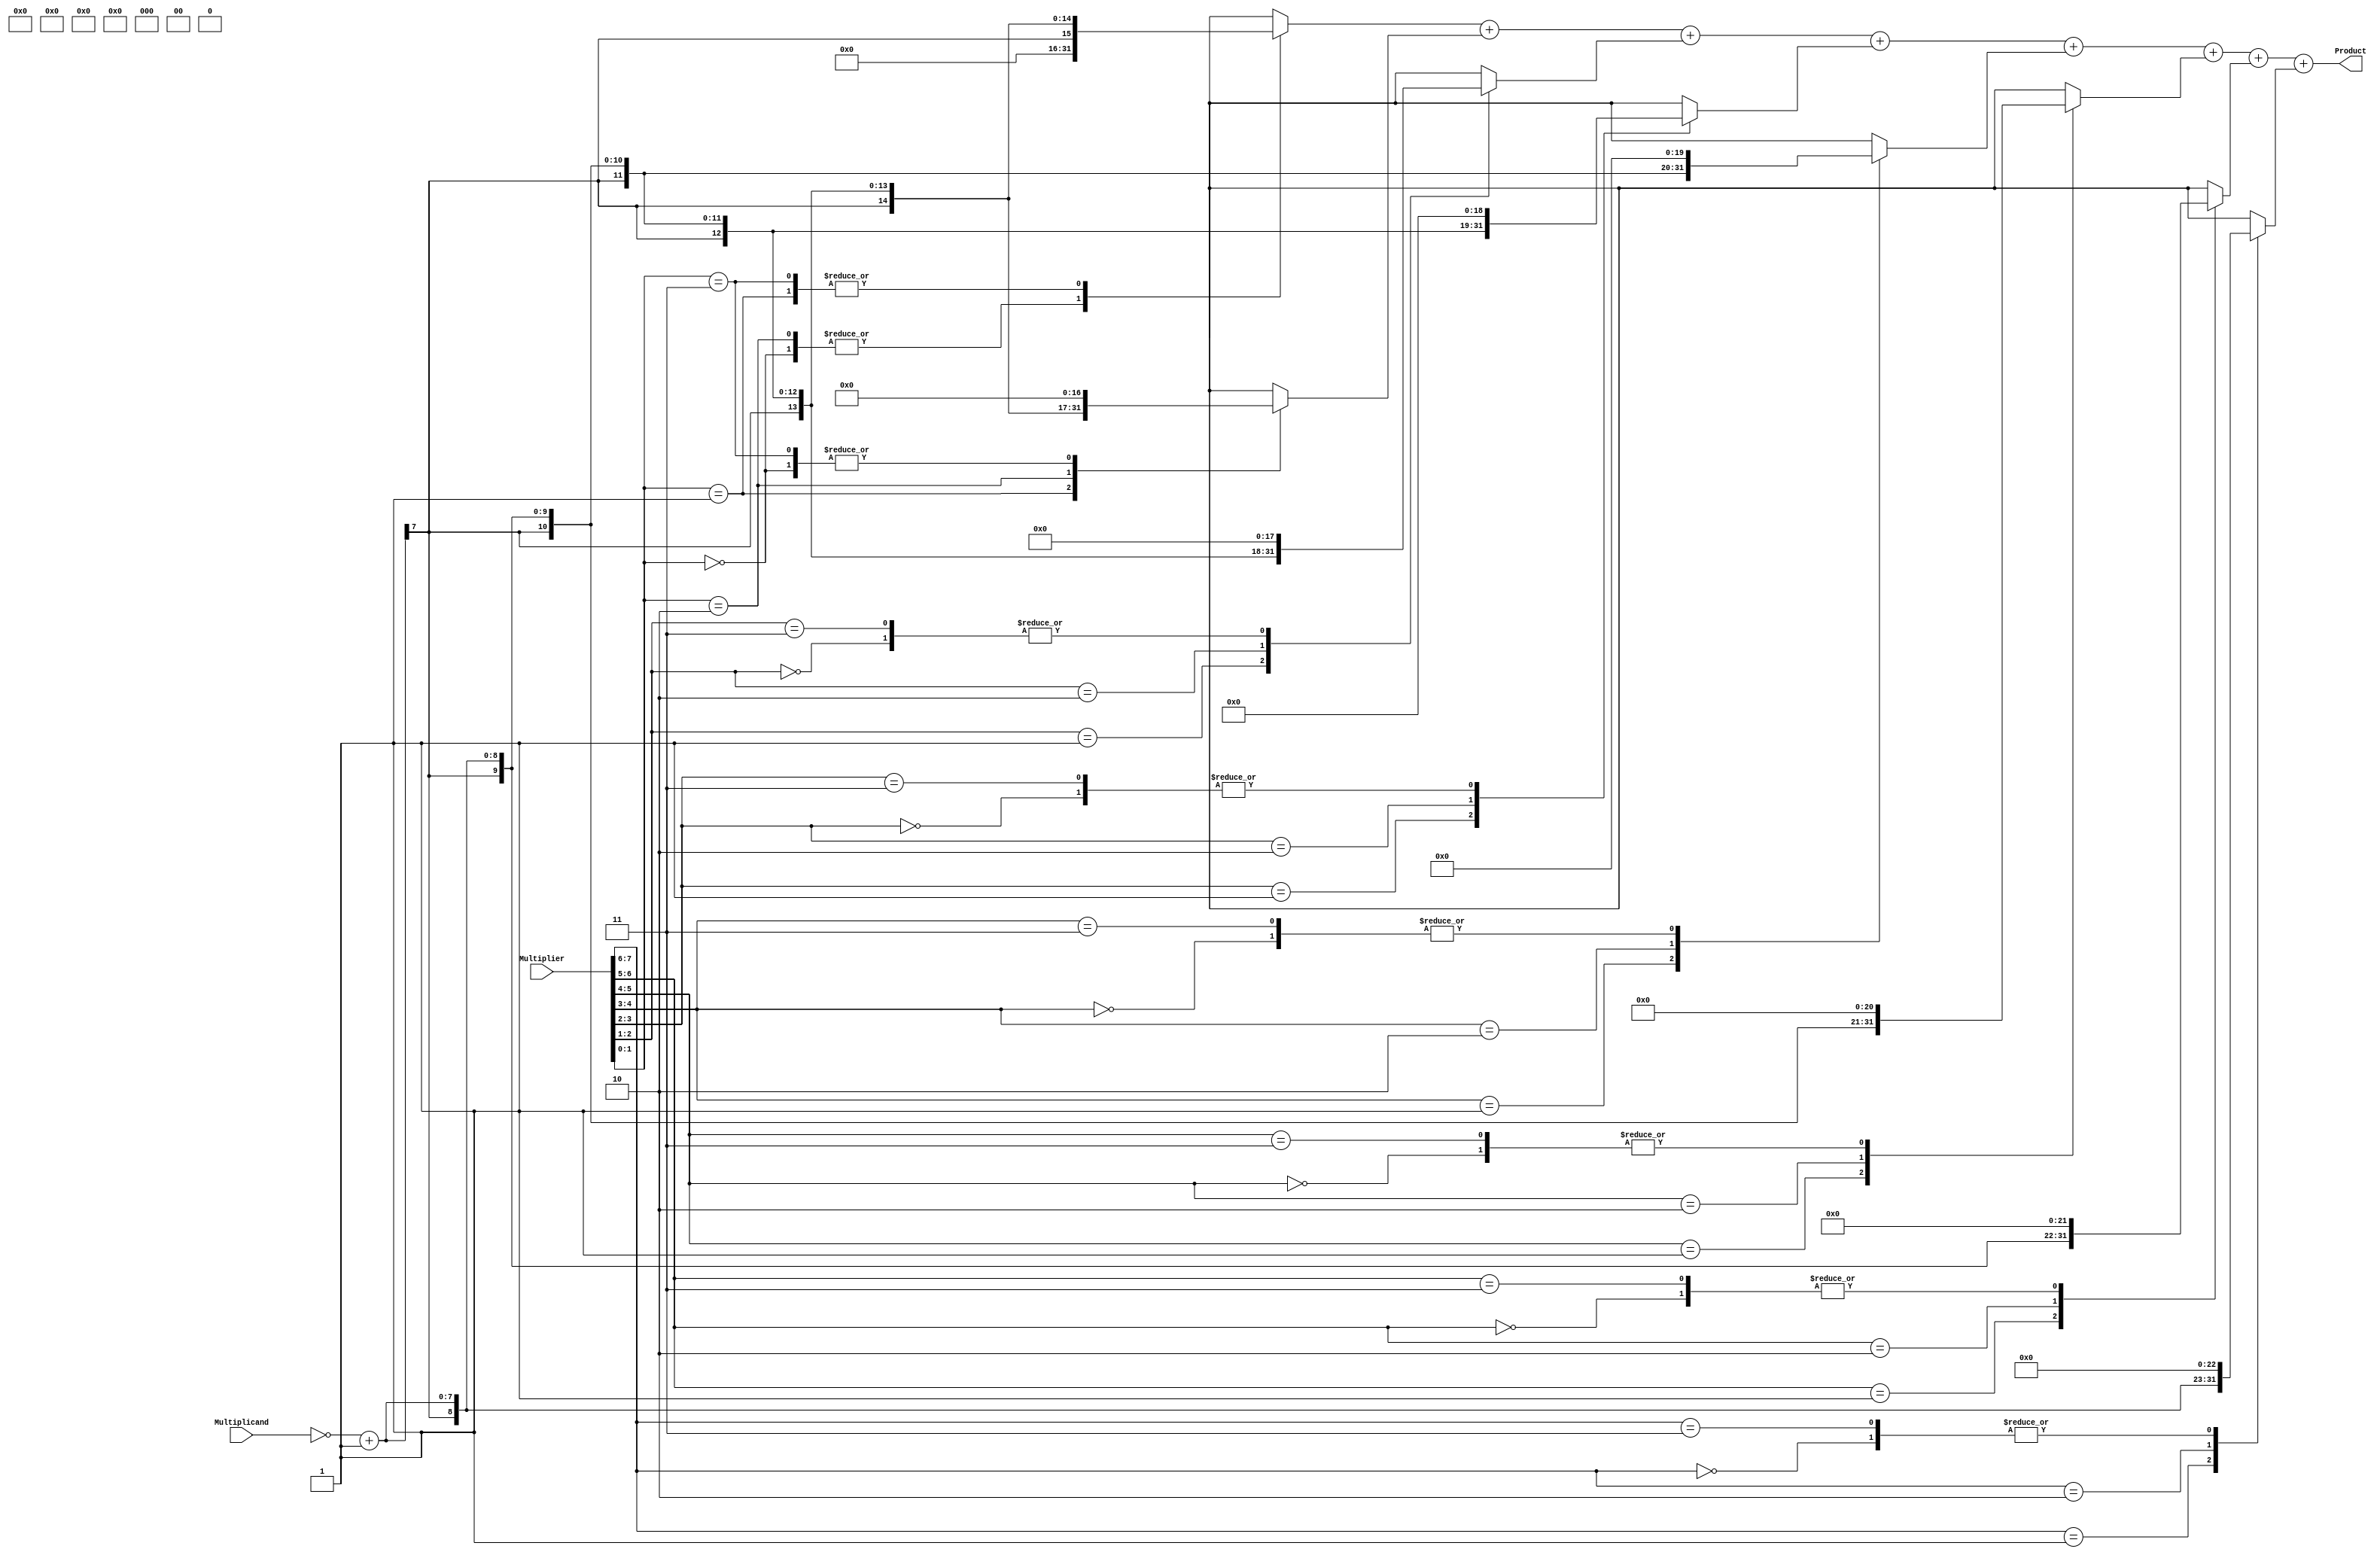
module Booth_Multiplier #(
    parameter Operand_Width = 8,
              Product_Width = 16
) (

    input  wire [Operand_Width - 1 : 0] Multiplicand,
    input  wire [Operand_Width - 1 : 0] Multiplier,
    output wire [Product_Width - 1 : 0] Product
);

wire [Operand_Width - 1 : 0] a_bar;                                                         // 1s Complement of the multiplicand 
wire [Product_Width - 1 : 0] Extended_Positive, Extended_Negative;                          // Extended Sign  of the Multiplicand and Extended Sign Multiplicand Negation
reg  [Operand_Width - 1 : 0] a_negation;                                                    // 2s Complement of the multiplicand 
reg  [Product_Width - 1 : 0] PP1, PP2, PP3, PP4, PP5, PP6, PP7, PP8;

// 1s Complement of the multiplicand 
assign a_bar = ~Multiplicand;

// 2s Complement of the multiplicand 
always @(a_bar) begin
    a_negation <= a_bar + 1;
end


// Extended Signs Multiplicand and its negation
assign Extended_Positive = {{8{Multiplicand[7]}}, Multiplicand};                          
assign Extended_Negative = {{8{a_negation[7]}}, a_negation};


// Behavioral Modelling of the Booth Algorithm 
always @(Multiplier or Extended_Positive or Extended_Negative) begin

    case (Multiplier[1:0])

        2'b00: begin
            PP1 = 16'b0;
            PP2 = 16'b0;
        end 

        2'b01: begin
            PP1 = Extended_Negative;
            PP2 = {{7{Multiplicand[7]}}, Multiplicand, 1'b0};
        end 

        2'b10: begin
            PP1 = 16'b0;
            PP2 = {Extended_Negative[14:0],1'b0};
        end 

        2'b11: begin
            PP1 = Extended_Negative;
            PP2 = 16'b0;
        end 
                
        default: begin  
                    PP1 = 16'b0;
                    PP2 = 16'b0; 
                 end
    endcase

    
    case (Multiplier[2:1])
        2'b00: PP3 = 16'b0;
        2'b01: PP3 = {Extended_Positive[13:0], 2'b00};
        2'b10: PP3 = {Extended_Negative[13:0], 2'b00};
        2'b11: PP3 = 16'b0;
        default: PP3 = 16'b0;
    endcase


    case (Multiplier[3:2])
        2'b00: PP4 = 16'b0;
        2'b01: PP4 = {Extended_Positive[12:0], 3'b000};
        2'b10: PP4 = {Extended_Negative[12:0], 3'b000};
        2'b11: PP4 = 16'b0;
        default: PP4 = 16'b0;
    endcase



    case (Multiplier[4:3])
        2'b00: PP5 = 16'b0;
        2'b01: PP5 = {Extended_Positive[11:0], 4'b0000};
        2'b10: PP5 = {Extended_Negative[11:0], 4'b0000};
        2'b11: PP5 = 16'b0;
        default: PP5 = 16'b0;
    endcase



    case (Multiplier[5:4])
        2'b00: PP6 = 16'b0;
        2'b01: PP6 = {Extended_Positive[10:0], 5'b00000};
        2'b10: PP6 = {Extended_Negative[10:0], 5'b00000};
        2'b11: PP6 = 16'b0;
        default: PP6 = 16'b0;
    endcase


    case (Multiplier[6:5])
        2'b00: PP7 = 16'b0;
        2'b01: PP7 = {Extended_Positive[9:0], 6'b000000};
        2'b10: PP7 = {Extended_Negative[9:0], 6'b000000};
        2'b11: PP7 = 16'b0;
        default: PP7 = 16'b0;
    endcase


    case (Multiplier[7:6])
        2'b00: PP8 = 16'b0;
        2'b01: PP8 = {Extended_Positive[8:0], 7'b000000};
        2'b10: PP8 = {Extended_Negative[8:0], 7'b000000};
        2'b11: PP8 = 16'b0;
        default: PP8 = 16'b0;
    endcase

end

assign Product = PP1 + PP2 + PP3 + PP4 + PP5 + PP6 + PP7 + PP8;
endmodule